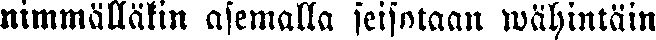
nimmälläkin asemalla seisotaan wähintäin